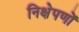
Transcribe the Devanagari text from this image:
निक्षेपणों